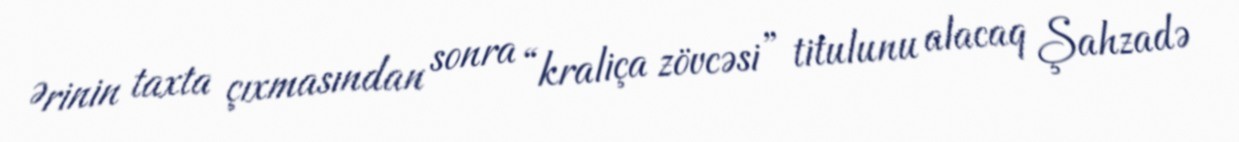
Ərinin taxta çıxmasından sonra “kraliça zövcəsi” titulunu alacaq Şahzadə